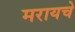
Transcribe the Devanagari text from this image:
मरायचे